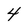
Character: 4